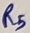
Text: R5